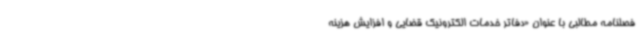
فصلنامه مطالبی با عنوان «دفاتر خدمات الکترونیک قضایی و افزایش هزینه